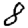
Digit: 8